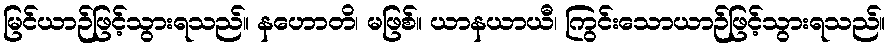
မြင်ယာဉ်ဖြင့်သွားရသည်။ နဟောတိ၊ မဖြစ်။ ယာနယာယီ၊ ကြွင်းသောယာဉ်ဖြင့်သွားရသည်။